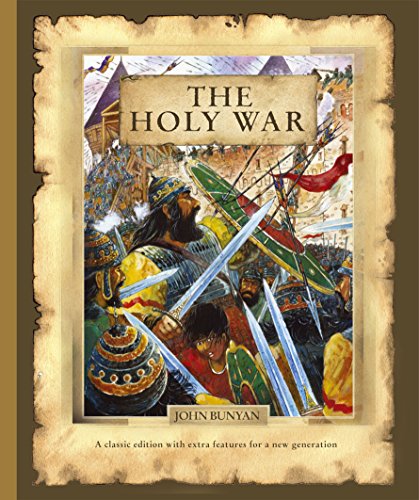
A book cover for The Holy War; John Bunyan; Christian Books & Bibles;